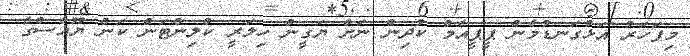
މިފަހަރު އަޅުގަނޑުމެން ޕީޕީއެމް ކުދިން ނަށް ޔަގީން ހިލަރީ ކްލިންޓަން ކަން ޔޫއެސްގެ